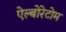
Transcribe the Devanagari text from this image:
ऐल्बोरेटोम